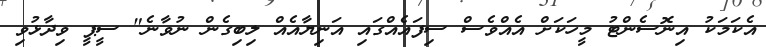
އެކަމަކު އިނޮސެންޓު މީހަކަށް އެއްވެސް ސިފައެއްގައި އަނިޔާއެއް ލިބިގެން ނުވާނެ" ސީޕީ ވިދާޅުވި